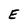
Character: E